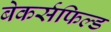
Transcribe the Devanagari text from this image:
बेकर्सफिल्ड